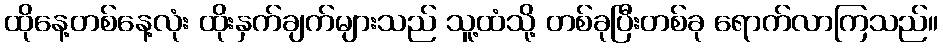
ထိုနေ့တစ်နေ့လုံး ထိုးနှက်ချက်များသည် သူ့ထံသို့ တစ်ခုပြီးတစ်ခု ရောက်လာကြသည်။